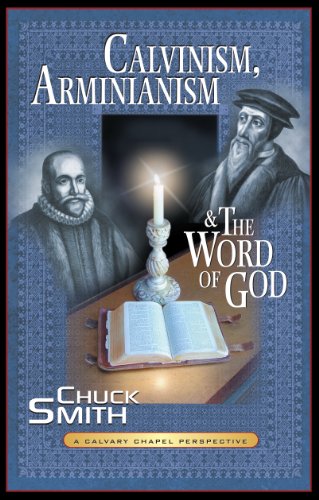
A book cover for Calvinism, Arminianism, and the Word of God: A Calvary Chapel Perspective; Chuck Smith; Christian Books & Bibles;